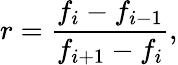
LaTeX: r=\frac{f_{i}-f_{i-1}}{f_{i+1}-f_{i}},